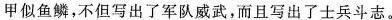
甲似鱼鳞，不但写出了军队威武，而且写出了士兵斗志。